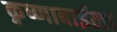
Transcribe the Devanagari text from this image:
कृष्णाबाईला